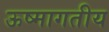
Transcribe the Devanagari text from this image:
ऊष्मागतीय